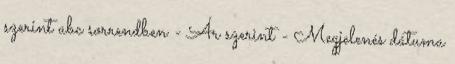
szerint abc sorrendben - Ár szerint - Megjelenés dátuma